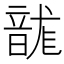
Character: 𮧻